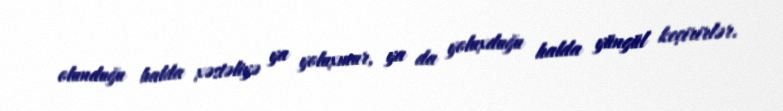
olunduğu halda xəstəliyə ya yoluxmur, ya da yoluxduğu halda yüngül keçirirlər.